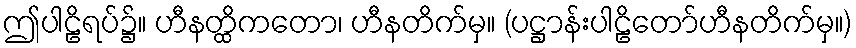
ဤပါဠိရပ်၌။ ဟီနတ္ထိကတော၊ ဟီနတိက်မှ။ (ပဋ္ဌာန်းပါဠိတော်ဟီနတိက်မှ။)